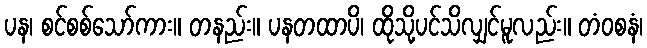
ပန၊ စင်စစ်သော်ကား။ တနည်း။ ပနတထာပိ၊ ထိုသို့ပင်သိလျှင်မူလည်း။ တံဝစနံ၊